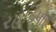
રહાડપોર